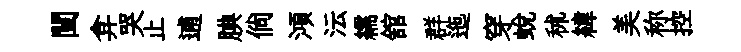
闉弇哭止逋腆倘澒沄繻舘群迤穿蛻秫緯美称控